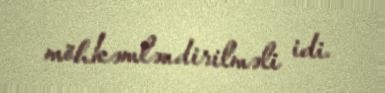
möhkəmləndirilməli idi.